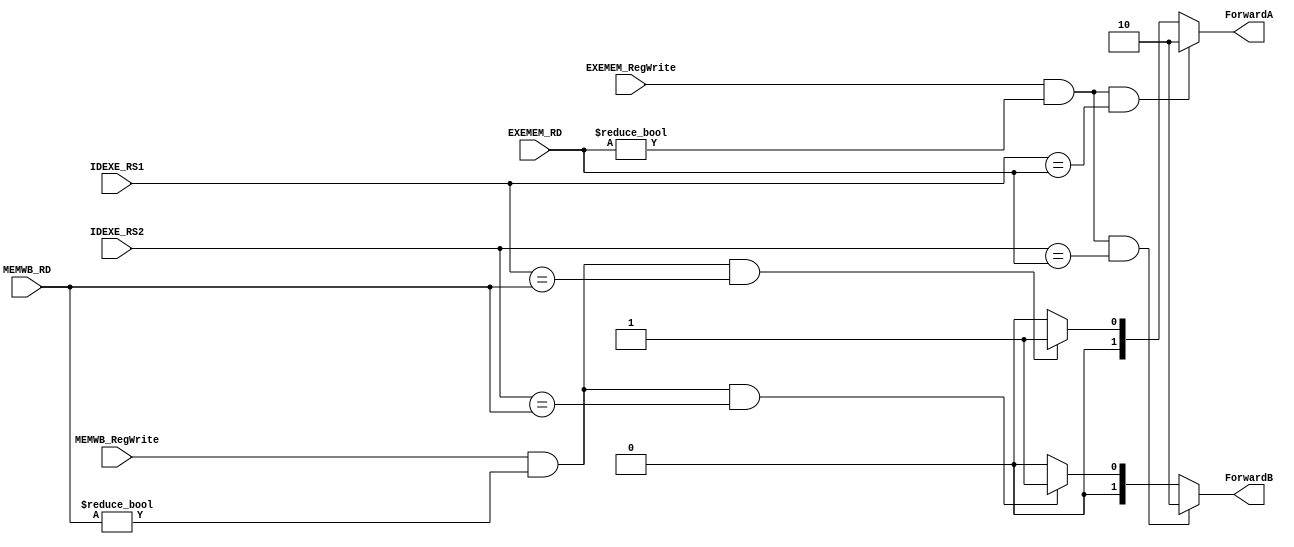
`timescale 1ns/1ps
module ForwardingUnit (
    input [5-1:0] IDEXE_RS1,
    input [5-1:0] IDEXE_RS2,
    input [5-1:0] EXEMEM_RD,
    input [5-1:0] MEMWB_RD,
    input EXEMEM_RegWrite,
    input MEMWB_RegWrite,
    output reg [2-1:0] ForwardA,
    output reg [2-1:0] ForwardB
);
/* Write your code HERE */
always @(*) begin
	//A
    if((EXEMEM_RegWrite) && (EXEMEM_RD != 0) && (IDEXE_RS1 == EXEMEM_RD))begin
        ForwardA <= 2'b10; 
    end else if((MEMWB_RegWrite) && (MEMWB_RD != 0) && (IDEXE_RS1 == MEMWB_RD))begin
        ForwardA <= 2'b01; 
    end else begin
        ForwardA <= 2'b00; 
    end

	//B
    if((EXEMEM_RegWrite) && (EXEMEM_RD != 0) && (IDEXE_RS2 == EXEMEM_RD))begin
        ForwardB <= 2'b10; 
    end else if((MEMWB_RegWrite) && (MEMWB_RD != 0) && (IDEXE_RS2 == MEMWB_RD))begin
        ForwardB <= 2'b01; 
    end else begin
        ForwardB <= 2'b00; 
    end
end

endmodule